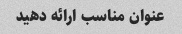
عنوان مناسب ارائه دهید